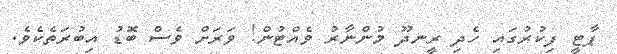
ޕާޓީ ފިކުރުގައި ހެދި ރީނދޫ މުންނާރު ވެއްޓުން! ވަރަށް ވެސް ބޮޑު އިބުރަތެކެވެ.